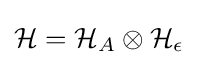
{\mathcal {H}}={\mathcal {H}}_{A}\otimes {\mathcal {H}}_{\epsilon }